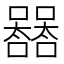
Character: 𡄛